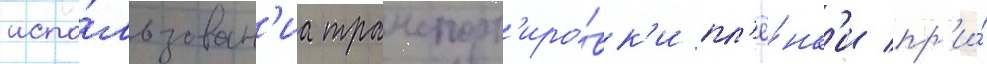
испо́льзован'иа транспорт'иро́вк'и пл'ё́нк'и пр'и́